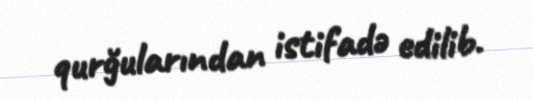
qurğularından istifadə edilib.